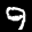
Label: 9